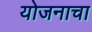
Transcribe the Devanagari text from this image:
योजनाचा